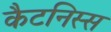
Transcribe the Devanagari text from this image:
कैटनिस्स